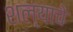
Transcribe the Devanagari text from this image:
शल्याचे